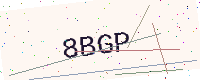
Text: 8BGP